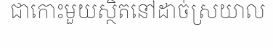
ជាកោះមួយស្ថិតនៅដាច់ស្រយាល